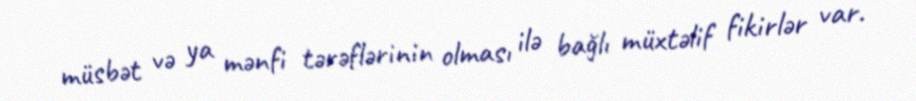
müsbət və ya mənfi tərəflərinin olması ilə bağlı müxtəlif fikirlər var.